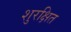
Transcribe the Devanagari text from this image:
शुरक्षित